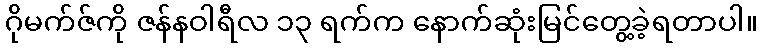
ဂိုမက်ဇ်ကို ဇန်နဝါရီလ ၁၃ ရက်က နောက်ဆုံးမြင်တွေ့ခဲ့ရတာပါ။